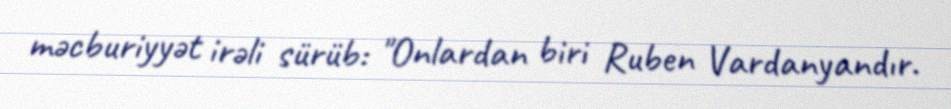
məcburiyyət irəli sürüb: "Onlardan biri Ruben Vardanyandır.